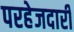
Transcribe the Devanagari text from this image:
परहेजदारी